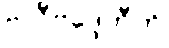
ဗလီဗဒ္ဒေဟီတိ